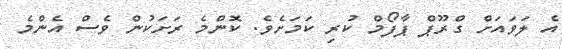
އެ ލަވައަށް ގްރޫޕް ޕާފޯމް ކުރި ކަމަށެވެ. ކޮންމެ ރަށަކުން ވެސް އެންމެ